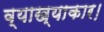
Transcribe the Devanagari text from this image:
व्याख्याकार।